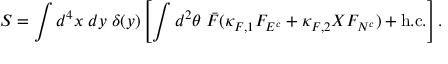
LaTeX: S = \int d ^ { 4 } x \; d y \; \delta ( y ) \left[ \int d ^ { 2 } \theta \; \bar { F } ( \kappa _ { F , 1 } F _ { { \cal E } ^ { c } } + \kappa _ { F , 2 } X F _ { { \cal N } ^ { c } } ) + \mathrm { h . c . } \right] .